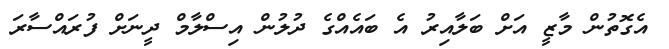
އެގޮތުން މާޒީ އަށް ބަލާއިރު އެ ބައެއްގެ ދުލުން އިސްލާމް ދީނަށް ފުރައްސާރަ